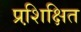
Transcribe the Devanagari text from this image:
प्रशि़क्षित